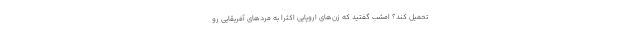
تحمیل کند؟ امشب گفتید که زن‌های اروپایی اکثرا به مردهای آفریقایی رو